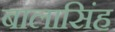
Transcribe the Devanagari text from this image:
बालासिंह